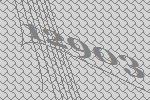
12903